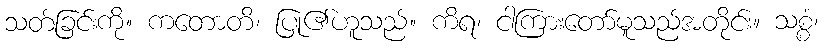
သတ်ခြင်းကို။ ကတောတိ၊ ပြု၏ဟူသည်။ ကိရ၊ ငါကြားတော်မူသည်အတိုင်း။ သစ္စံ၊